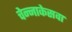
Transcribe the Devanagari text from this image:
चेन्नाकेसवा